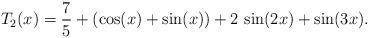
LaTeX: \begin{align*} T_2(x) = \frac{7}{5} + (\cos(x)+\sin(x))+2\,\sin(2x) + \sin(3x) . \end{align*}